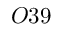
O 3 9